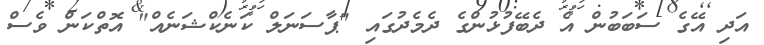
އަދި އޭގެ ސަބަބުން އެ ދެބޭފުޅުންގެ ދެމެދުގައި "ޕާސަނަލް ކަނެކްޝަނެއް" އޮތްކަން ވެސް